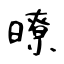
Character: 暸